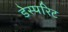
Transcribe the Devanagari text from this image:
डेस्परिट